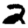
Digit: 2